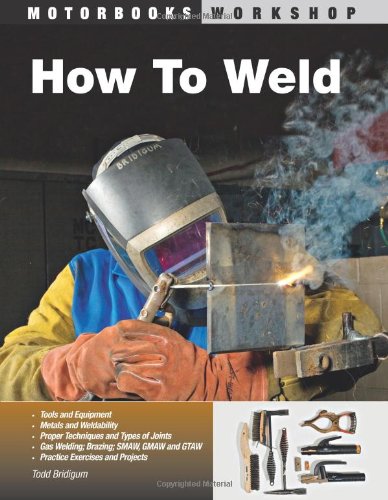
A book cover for How To Weld (Motorbooks Workshop); Todd Bridigum; Engineering & Transportation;